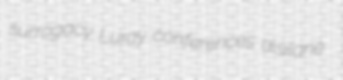
surrogacy Luray conferences disilane